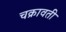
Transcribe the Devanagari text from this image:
चक्रावती